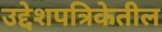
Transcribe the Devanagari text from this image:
उद्देशपत्रिकेतील